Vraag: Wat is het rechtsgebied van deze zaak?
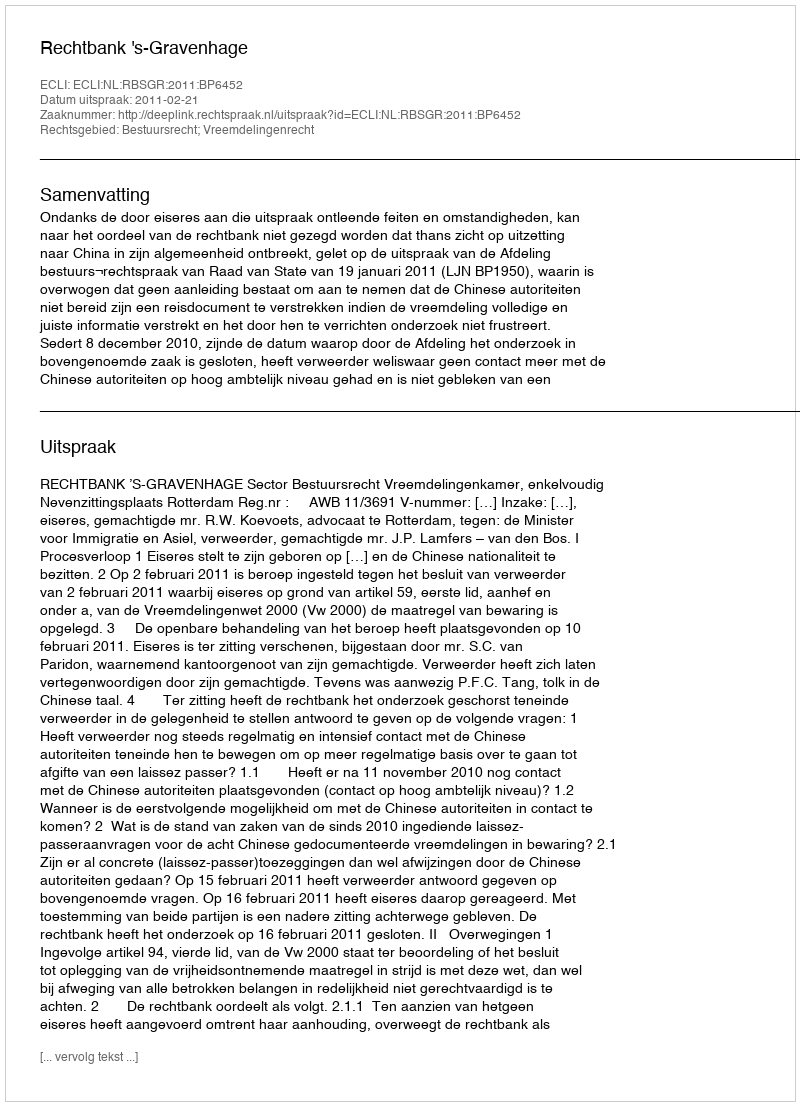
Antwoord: Bestuursrecht; Vreemdelingenrecht